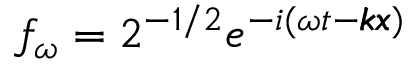
f _ { \omega } = 2 ^ { - 1 / 2 } e ^ { - i ( \omega t - \pmb { k } \pmb { x } ) }